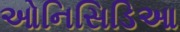
ઓનિસિડિઆ